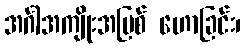
အင်္ဂါအကျိုးအပြစ် ဟောခြင်း၊